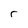
Character: r